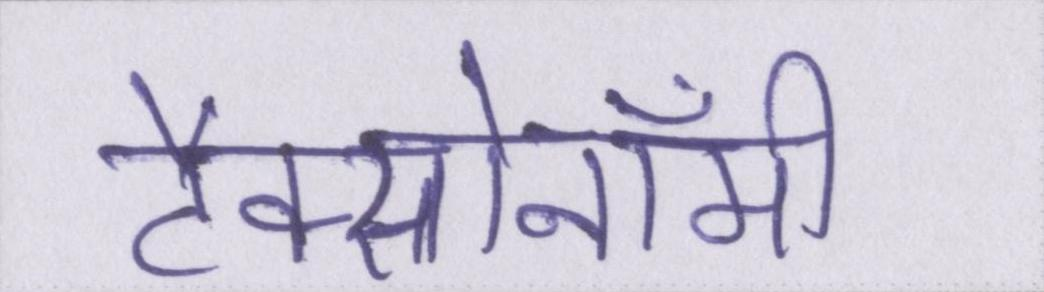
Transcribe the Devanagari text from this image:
टैक्सोनॉमी